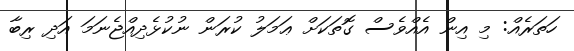
ހަތަރެއް: މި އިން އެއްވެސް ގޮތަކަށް ޢަމަލު ކުރަން ނުކުޅެދިއްޖެނަމަ އަދި ރިބާ